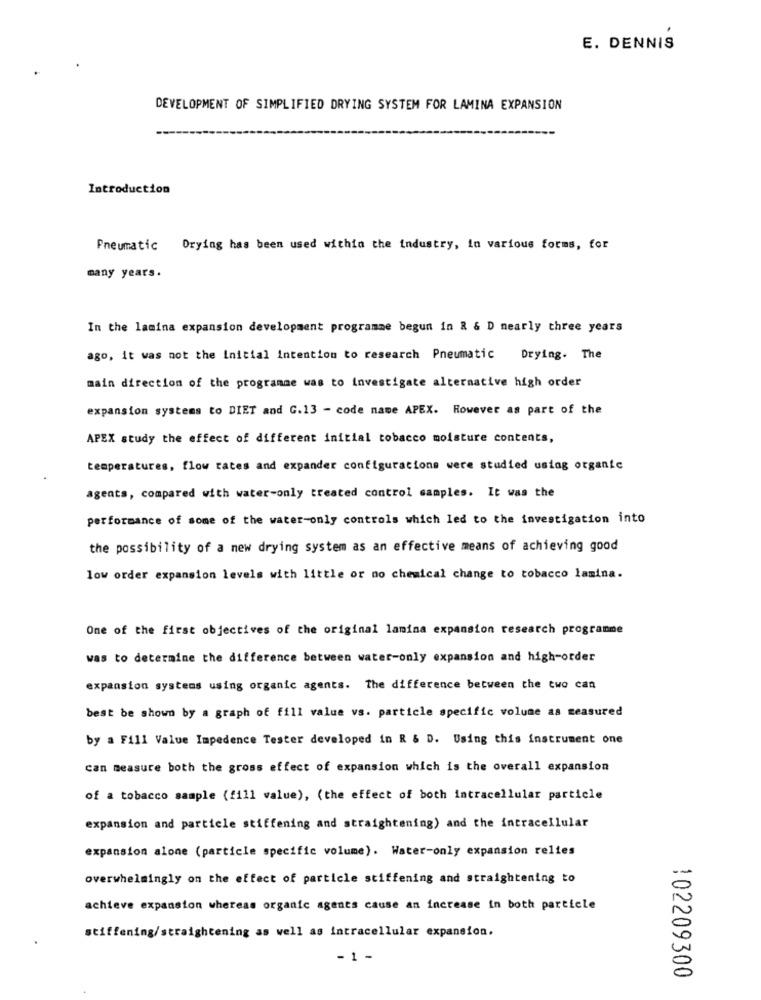
E. DENNIS
DEVELOPMENT OF SIMPLIFIED DRYING SYSTEM FOR LAMINA EXPANSION
Introduction
Pneumatic Drying has been used within the industry, in various forms, for
many years.
In the lamina expansion development programme begun in & & D nearly three years
ago, it was not the Initial intention to research Pneumatic Drying. The
main direction of the programme was to Investigate alternative high order
expansion systems to DIET and G.13 - code name APEX. However as part of the
APEX study the effect of different initial tobacco moisture contents,
temperatures, flow rates and expander configurations were studied using organic
agents, compared with water-only treated control samples. It was the
performance of some of the water-only controls which led to the investigation into
the possibility of a new drying system as an effective means of achieving good
low order expansion levels with little or no chemical change to tobacco lamina.
One of the first objectives of the original lamina expansion research programme
was to determine the difference between water-only expansion and high-order
expansion systems using organic agents. The difference between the two can
best be shown by a graph of fill value vs. particle specific volume as measured
by a Fill Value Impedence Tester developed in R & D. Using this instrument one
can measure both the gross effect of expansion which is the overall expansion
of a tobacco sample (fill value), (the effect of both intracellular particle
expansion and particle stiffening and straightening) and the intracellular
expansion alone (particle specific volume). Water-only expansion relies
overwhelmingly on the effect of particle stiffening and straightening to
achieve expansion whereas organic agents cause an increase in both particle
stiffening/straightening as well as intracellular expansion.
- 1 -
102209300